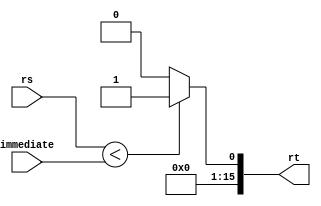
`timescale 1ns / 1ps
//////////////////////////////////////////////////////////////////////////////////
// Company: 
// Engineer: 
// 
// Design Name: 
// Module Name: SLTI
// Project Name: 
// Target Devices: 
// Tool Versions: 
// Description: 
// 
// Dependencies: 
// 
// Revision:
// Revision 0.01 - File Created
// Additional Comments:
// 
//////////////////////////////////////////////////////////////////////////////////


module SLTI(
    input[15:0] rs, // A
    input[15:0] immediate, // mB
    output[15:0] rt // slti
    );
wire lsb;
assign lsb = (rs < immediate) ? 1 : 0;
assign rt = {15'b0, lsb};

endmodule